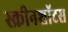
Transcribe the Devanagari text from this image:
स्क्रीनशॉटस